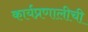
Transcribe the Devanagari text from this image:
कार्यप्रणालीची